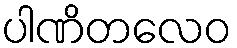
ပါဏိတလေဝ